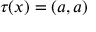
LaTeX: \tau ( x ) = ( a , a )